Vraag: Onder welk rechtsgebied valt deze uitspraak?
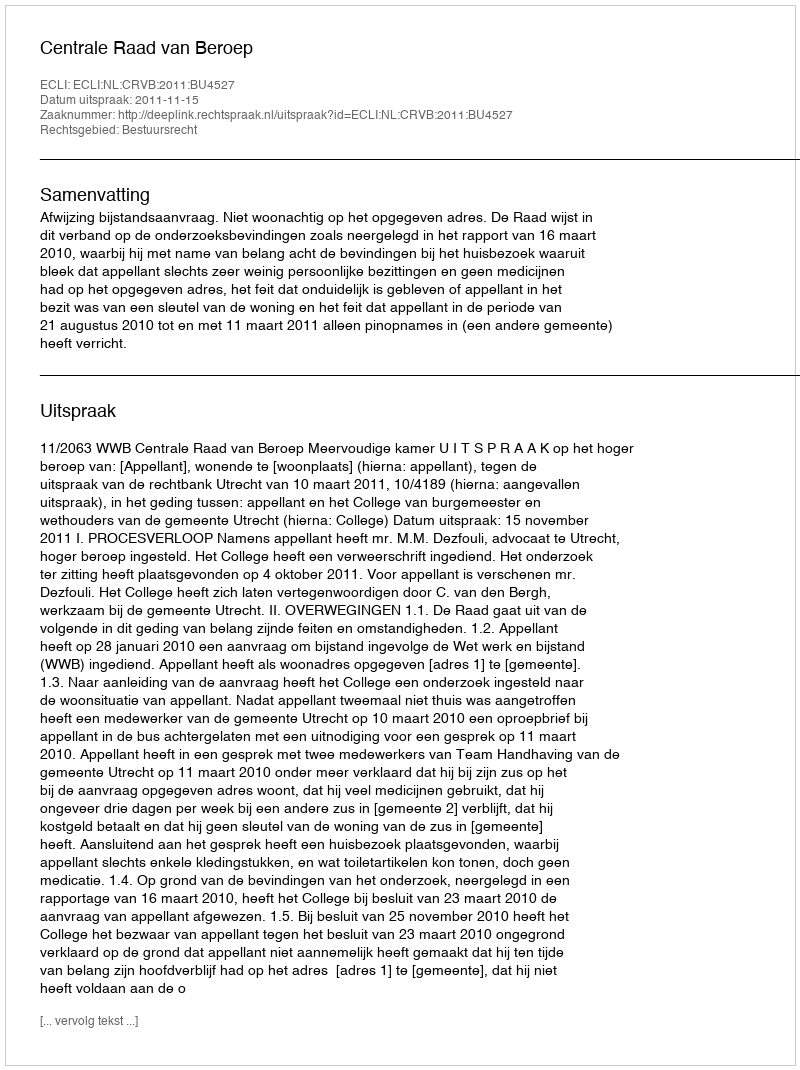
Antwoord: Bestuursrecht